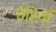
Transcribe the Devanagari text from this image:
पैड़ियां